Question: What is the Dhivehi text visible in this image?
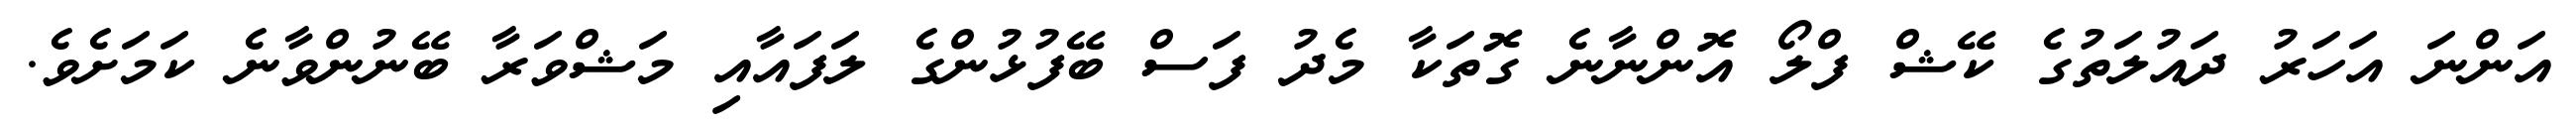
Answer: އަންނަ އަހަރު ދައުލަތުގެ ކޭޝް ފްލޯ އޮންނާނެ ގޮތަކާ މެދު ފަސް ބޭފުޅުންގެ ލަފައާއި މަޝްވަރާ ބޭނުންވާނެ ކަމަށެވެ.